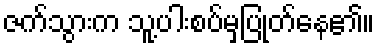
ဇက်သွားက သူ့ပါးစပ်မှပြုတ်နေ၏။